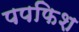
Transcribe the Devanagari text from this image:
पपफिश